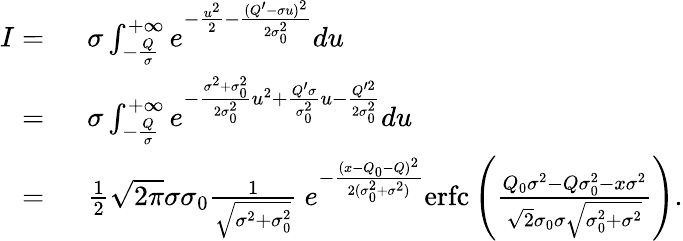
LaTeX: \begin{array}{rl}{I=\ }&{\sigma\int_{-\frac{Q}{\sigma}}^{+\infty}e^{-\frac{u^{2}}{2}-\frac{(Q^{\prime}-\sigma u)^{2}}{2\sigma_{0}^{2}}}du}\\ {=\ }&{\sigma\int_{-\frac{Q}{\sigma}}^{+\infty}e^{-\frac{\sigma^{2}+\sigma_{0}^{2}}{2\sigma_{0}^{2}}u^{2}+\frac{Q^{\prime}\sigma}{\sigma_{0}^{2}}u-\frac{Q^{\prime 2}}{2\sigma_{0}^{2}}}du}\\ {=\ }&{\frac{1}{2}\sqrt{2\pi}\sigma\sigma_{0}\frac{1}{\sqrt{\sigma^{2}+\sigma_{0}^{2}}}\ e^{-\frac{(x-Q_{0}-Q)^{2}}{2(\sigma_{0}^{2}+\sigma^{2})}}\mathrm{erfc}\left(\frac{Q_{0}\sigma^{2}-Q\sigma_{0}^{2}-x\sigma^{2}}{\sqrt{2}\sigma_{0}\sigma\sqrt{\sigma_{0}^{2}+\sigma^{2}}}\right).}\end{array}